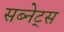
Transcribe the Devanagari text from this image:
सब्नेट्स